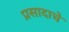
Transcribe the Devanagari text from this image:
प्रसादाचे